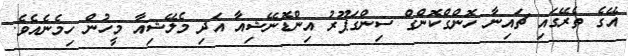
އޭގެ ތެރޭގައި ޗައިނާ ހޮންގްކޮންގް ސިންގަޕޫރު އިންޑޮނޭޝިއާ އަދި މެލޭޝިއާ މީހުން ހިމެނެއެވެ.